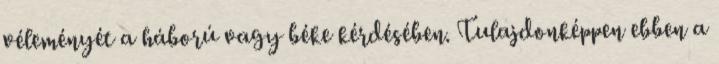
véleményét a háború vagy béke kérdésében. Tulajdonképpen ebben a